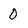
Character: 0